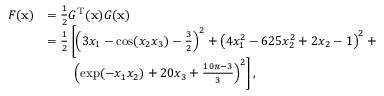
{ \begin{array} { r l } { F ( \mathbf { x } ) } & { = { \frac { 1 } { 2 } } G ^ { \mathrm { T } } ( \mathbf { x } ) G ( \mathbf { x } ) } \\ & { = { \frac { 1 } { 2 } } \left[ \left( 3 x _ { 1 } - \cos ( x _ { 2 } x _ { 3 } ) - { \frac { 3 } { 2 } } \right) ^ { 2 } + \left( 4 x _ { 1 } ^ { 2 } - 6 2 5 x _ { 2 } ^ { 2 } + 2 x _ { 2 } - 1 \right) ^ { 2 } + \right. } \\ & { \qquad \left. \left( \exp ( - x _ { 1 } x _ { 2 } ) + 2 0 x _ { 3 } + { \frac { 1 0 \pi - 3 } { 3 } } \right) ^ { 2 } \right] , } \end{array} }